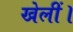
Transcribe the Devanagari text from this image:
खेलीं।